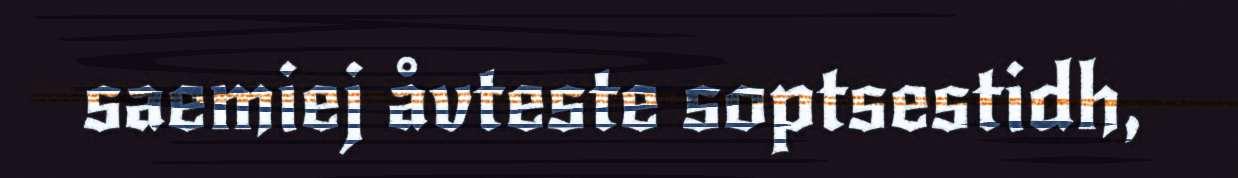
saemiej åvteste soptsestidh,